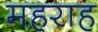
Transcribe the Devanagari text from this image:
महराह